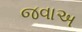
જવાઅ